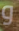
و